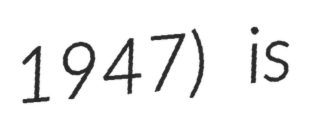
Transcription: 1947) is